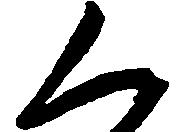
く